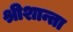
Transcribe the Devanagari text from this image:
श्रीशान्ता